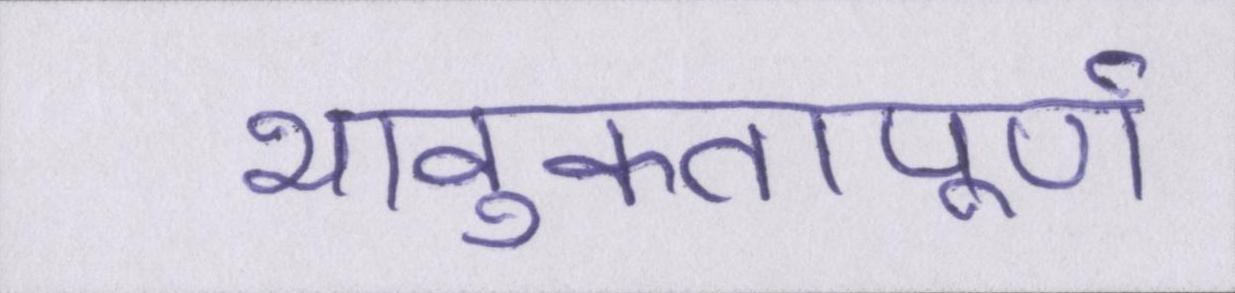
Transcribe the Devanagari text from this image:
भावुकतापूर्ण